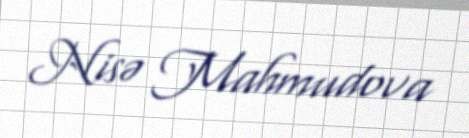
Nisə Mahmudova